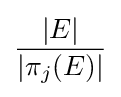
{\frac {|E|}{|\pi _{j}(E)|}}